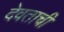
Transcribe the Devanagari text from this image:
देवताची